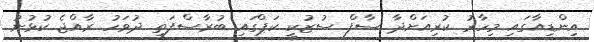
އިންޑިއާގައި މިހާރު ކުރިއަށްދާ ސާފް ސުޒުކީ ކަޕްގައި ބުރާސްފަތި ދުވަހު ރާއްޖެ ކުޅުނު